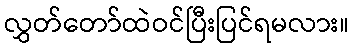
လွှတ်တော်ထဲဝင်ပြီးပြင်ရမလား။